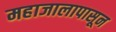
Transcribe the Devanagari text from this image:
महाजालापासून